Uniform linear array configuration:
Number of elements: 24
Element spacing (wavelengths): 1
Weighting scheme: exponential
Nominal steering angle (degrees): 15
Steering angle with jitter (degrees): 13.462
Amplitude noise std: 0.05
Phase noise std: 0.05

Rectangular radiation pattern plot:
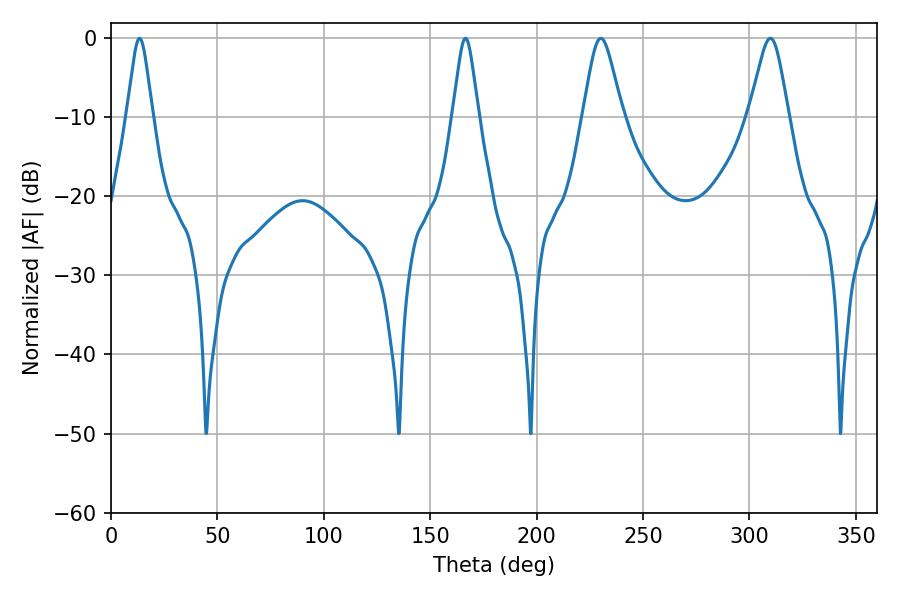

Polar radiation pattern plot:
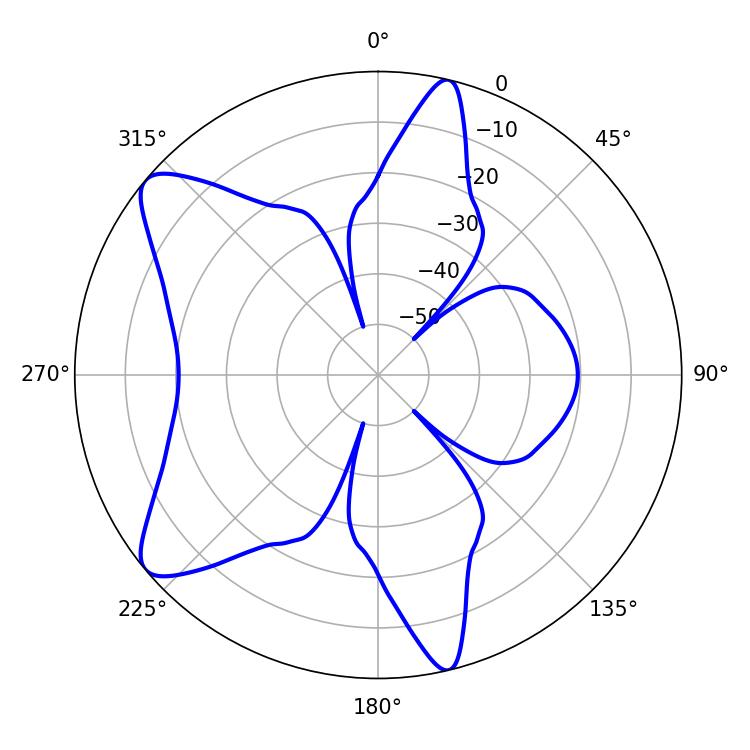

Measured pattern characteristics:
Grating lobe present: TRUE
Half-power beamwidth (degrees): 9
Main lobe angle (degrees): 230.22